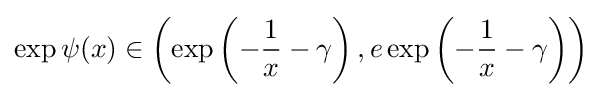
\exp \psi (x)\in \left(\exp \left(-{\frac {1}{x}}-\gamma \right),e\exp \left(-{\frac {1}{x}}-\gamma \right)\right)